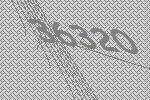
36320